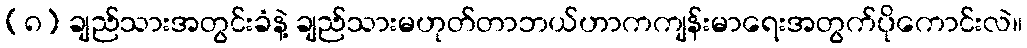
(၈) ချည်သားအတွင်းခံနဲ့ ချည်သားမဟုတ်တာဘယ်ဟာကကျန်းမာရေးအတွက်ပိုကောင်းလဲ။